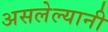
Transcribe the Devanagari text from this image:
असलेल्यानी